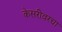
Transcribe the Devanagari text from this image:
केसरीवरचा